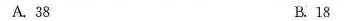
A.38 B.18